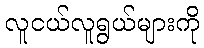
လူငယ်လူရွယ်များကို